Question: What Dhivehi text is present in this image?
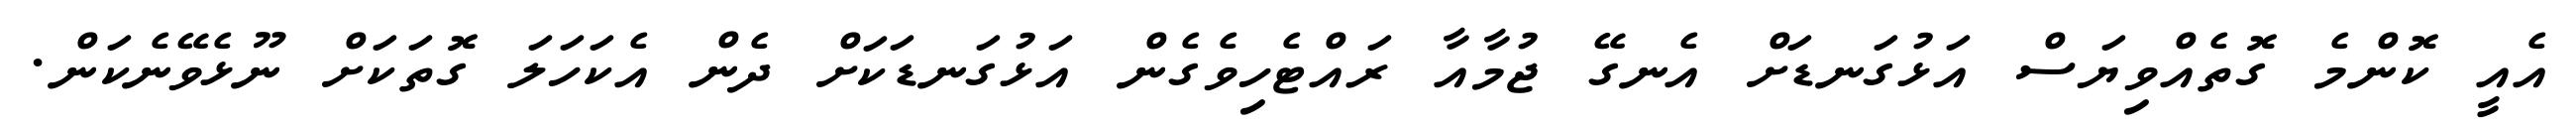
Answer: އެއީ ކޮންމެ ގޮތެއްވިޔަސް އަޅުގަނޑަށް އެނގޭ ޖުމާއާ ރައްޓެހިވެގެން އަޅުގަނޑަކަށް ދެން އެކަހަލަ ގޮތަކަށް ނޫޅެވޭނެކަން.